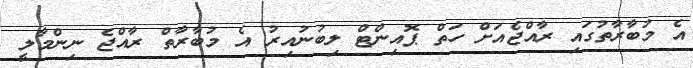
އެ މުބާރާތުގައި ރާއްޖެއަށް ހަތް ޕޮއިންޓް ލިބުނުއިރު އެ މުބާރާތް ރާއްޖެ ނިންމާލީ